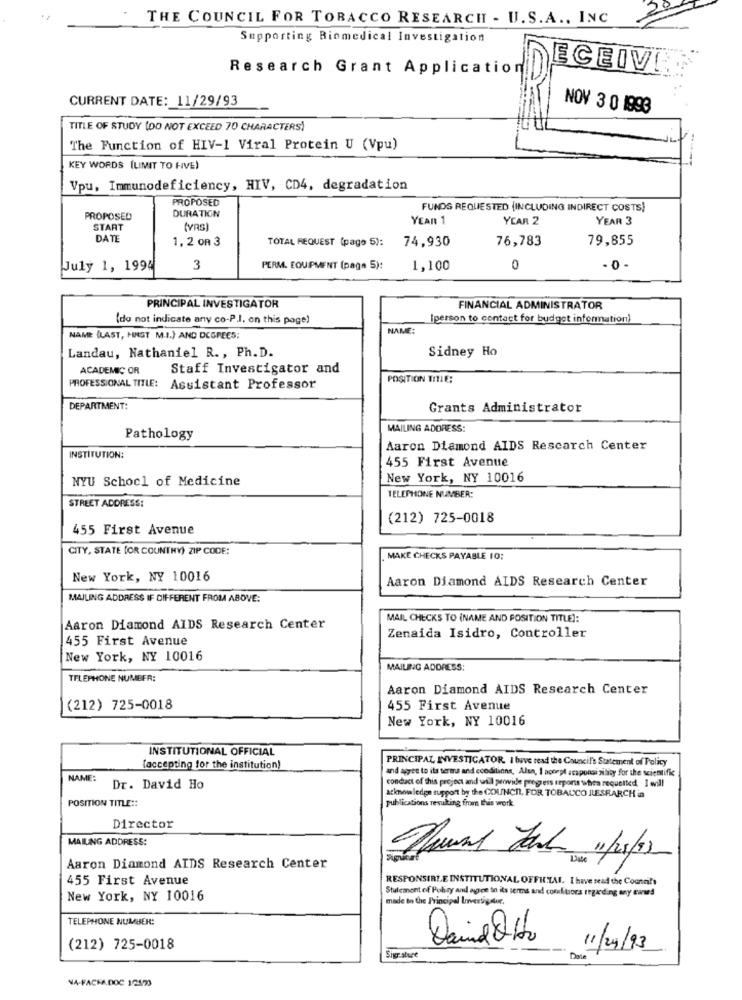
2º
THE COUNCIL FOR TOBACCO RESEARCH - U.S. A ., INC
Supporting Biomedical Investigation
Research Grant Application
ECEIVE
CURRENT DATE: 11/29/93
NOV 3 0 1993
TITLE OF STUDY (DO NOT EXCEED 70 CHARACTERS)
The Function of HIV-1 Viral Protein U (Vpu)
KEY WORDS (LIMIT TO HIVE)
Vpu, Immunodeficiency, HIV, CD4, degradation
PROPOSED
DURATION
FUNDS REQUESTED (INCLUDING INDIRECT COSTS)
PROPOSED
YEAR 1
YEAR 2
YEAR 3
START
(YRS)
DAT
1,2 OR 3
TOTAL REQUEST (pago 5):
74,930
76,783
79,855
July 1, 1994
3
PERM. EQUIPMENT (paga 5):
1,100
0
- 0 -
PRINCIPAL INVESTIGATOR
FINANCIAL ADMINISTRATOR
(do not indicate any co-P.J. on this page)
[person to contact for budget information)
NAME:
NAME (LAST, HINST M.I.) AND DEGREES;
Sidney Ho
Landau, Nathaniel R ., Ph. D.
ACADEMIC OR
Staff Investigator and
PROFESSIONAL TITLE:
POSITION TITLE:
Assistant Professor
DEPARTMENT:
Grants Administrator
MAILING ADDRESS:
Pathology
Aaron Diamond AIDS Research Center
INSTITUTION:
455 First Avenue
NYU School of Medicine
New York, NY 10016
STREET ADDRESS:
TELEPHONE NUMBER:
(212) 725-0018
455 First Avenue
CITY, STATE [OR COUNTRY) ZIP CODE:
MAKE CHECKS PAYABLE 10;
New York, NY 10016
Aaron Diamond AIDS Research Center
MAILING ADDRESS IF DIFFERENT FROM ABOVE:
MAIL CHECKS TO (NAME AND POSITION TITLE):
Aaron Diamond AIDS Research Center
455 First Avenue
Zenaida Isidro, Controller
New York, NY 10016
MAILING ADDRESS:
TELEPHONE NUMBER:
Aaron Diamond AIDS Research Center
(212) 725-0018
455 First Avenue
New York, NY 10016
INSTITUTIONAL OFFICIAL
PRINCIPAL INVESTIGATOR. I bwve read the Council's Statement of Policy
(accepting for the institution)
and ages to its terms and ecoditions, Alun, I accept acaponsi ziliby for the scientific
NAME:
condact of this project and will provide progress reports when requetted. I will
Dr. David Ho
acknowledge support by the COUNCIL, FOR TOBACCO JLESEARCH in
POSITION TITLE ::
publications resulting from this work
Director
MAILING ADDRESS:
Aaron Diamond AIDS Research Center
455 First Avenue
RESPONSIBLE INSTITUTIONAL OFFICIAL. I have read the Council's
Stulement of Policy and agree to its terms and conditions regarding any award
New York, NY 10016
made in the Principal Investigator.
TELEPHONE NUMBER:
(212) 725-0018
11/24/93
Siger sture
Date
NA-FACFA.DOC 12123